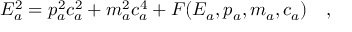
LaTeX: E _ { a } ^ { 2 } = p _ { a } ^ { 2 } c _ { a } ^ { 2 } + m _ { a } ^ { 2 } c _ { a } ^ { 4 } + F ( E _ { a } , p _ { a } , m _ { a } , c _ { a } ) \quad ,